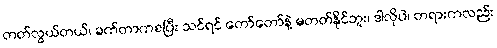
တတ်လွယ်တယ်၊ ခက်တာကစပြီး သင်ရင် တော်တော်နဲ့ မတတ်နိုင်ဘူး၊ ဒါလိုပဲ၊ တရားကလည်း